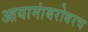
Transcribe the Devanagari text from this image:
आयामांबरोबरच